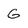
Character: G